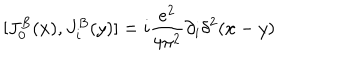
[ J _ { 0 } ^ { B } ( x ) , J _ { i } ^ { B } ( y ) ] = i { \frac { e ^ { 2 } } { 4 \pi ^ { 2 } } } \partial _ { i } \delta ^ { 2 } ( x - y )